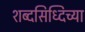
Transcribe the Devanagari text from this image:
शब्दसिध्दिच्या